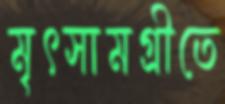
মৃৎসামগ্রীতে